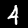
Label: 4